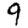
Digit: 9